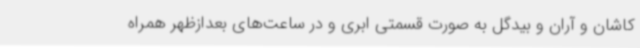
کاشان و آران و بیدگل به صورت قسمتی ابری و در ساعت‌های بعدازظهر همراه